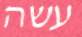
עשה